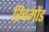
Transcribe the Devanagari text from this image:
रिचमोंड